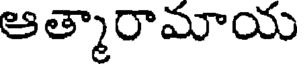
ఆత్మారామాయ